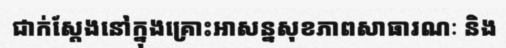
ជាក់ស្តែងនៅក្នុងគ្រោះអាសន្នសុខភាពសាធារណៈ និង